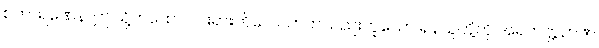
စကာရဏေန၊ ဤသို့တထောင်ငါးရားကိလေသာတသည်းဟူသော ရန်သူတို့ကို အရဟတ္တဉာဏ်